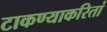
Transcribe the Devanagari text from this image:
टाकण्याकरितां